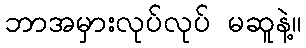
ဘာအမှားလုပ်လုပ် မဆူနဲ့။